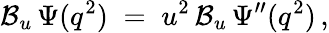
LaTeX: {\cal B}_{u}\, \Psi(q^{2})\; =\; u^{2}\, {\cal B}_{u}\, \Psi^{\prime\prime}(q^{2})\, ,